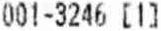
001-3246 [1]